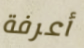
أعرفة